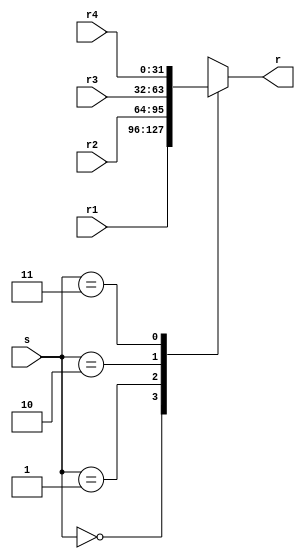
module MUX41 (
    input [31:0] r1,
    input [31:0] r2,
    input [31:0] r3,
    input [31:0] r4,
    input [1:0] s,
    output reg [31:0] r
);
    always @(*)
        case (s)
        2'b00 : r = r1;
        2'b01 : r = r2;
        2'b10 : r = r3;
        2'b11 : r = r4;
        default :r = r1;
        endcase
endmodule